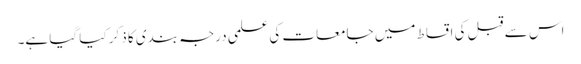
اس سے قبل کی اقساط میں جامعات کی علمی درجہ بندی کا ذکر کیا گیا ہے۔